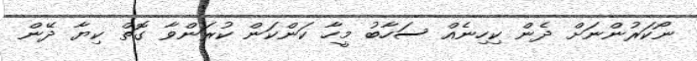
ނޯކަރުންނަށް ދެން ކިހިނެއް ސަހާބު މީހާ ކަންކަން ކުރަންވާ ގޮތް ކިޔާ ދޭން